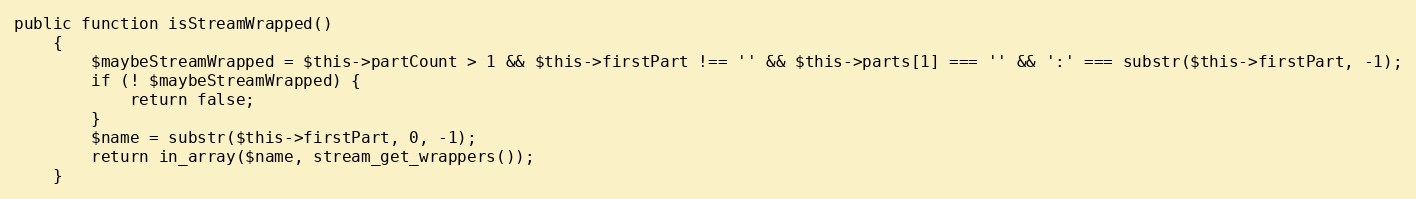
Language: PHP
public function isStreamWrapped()
	{
		$maybeStreamWrapped = $this->partCount > 1 && $this->firstPart !== '' && $this->parts[1] === '' && ':' === substr($this->firstPart, -1);
		if (! $maybeStreamWrapped) {
			return false;
		}
		$name = substr($this->firstPart, 0, -1);
		return in_array($name, stream_get_wrappers());
	}